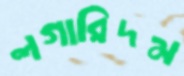
লগারিদম